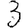
Digit: 3